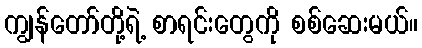
ကျွန်တော်တို့ရဲ့ စာရင်းတွေကို စစ်ဆေးမယ်။